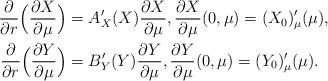
LaTeX: \begin{align*}\frac{\partial}{\partial r}\Big(\frac{\partial X}{\partial \mu}\Big)&=A'_X(X)\frac{\partial X}{\partial \mu}, \frac{\partial X}{\partial \mu}(0,\mu)=(X_0)'_\mu(\mu), \\\frac{\partial}{\partial r}\Big(\frac{\partial Y}{\partial \mu}\Big)&=B'_Y(Y)\frac{\partial Y}{\partial \mu}, \frac{\partial Y}{\partial \mu}(0,\mu)=(Y_0)'_\mu(\mu).\end{align*}